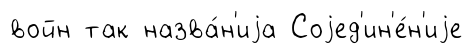
войн так назва́н'иjа Соjед'ин'е́н'иjе